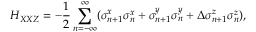
H _ { X X Z } = - \frac { 1 } { 2 } \sum _ { n = - \infty } ^ { \infty } ( \sigma _ { n + 1 } ^ { x } \sigma _ { n } ^ { x } + \sigma _ { n + 1 } ^ { y } \sigma _ { n } ^ { y } + \Delta \sigma _ { n + 1 } ^ { z } \sigma _ { n } ^ { z } ) ,